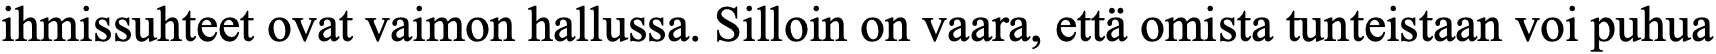
ihmissuhteet ovat vaimon hallussa. Silloin on vaara, että omista tunteistaan voi puhua